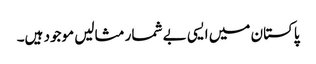
پاکستان میں ایسی بے شمار مثالیں موجود ہیں۔